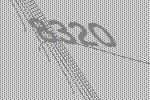
8320